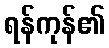
ရန်ကုန်၏